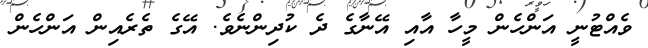
ވެއްޓުނީ އަންހެން މީހާ އާއި އޭނާގެ ދެ ކުދިންނެވެ. އޭގެ ތެރެއިން އަންހެން